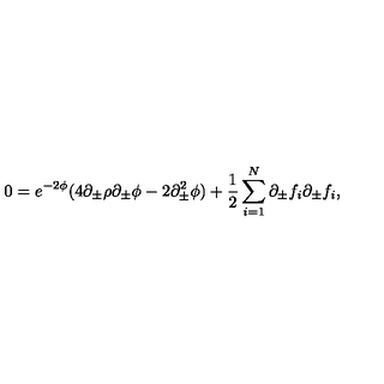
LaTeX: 0 = e ^ { - 2 \phi } ( 4 \partial _ { \pm } \rho \partial _ { \pm } \phi - 2 \partial _ { \pm } ^ { 2 } \phi ) + { \frac { 1 } { 2 } } \sum _ { i = 1 } ^ { N } \partial _ { \pm } f _ { i } \partial _ { \pm } f _ { i } ,